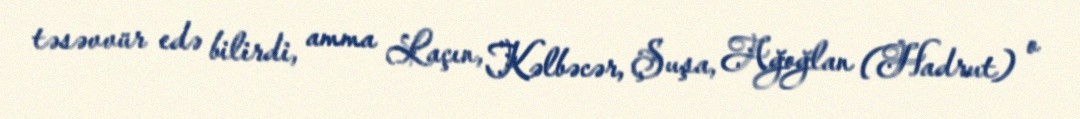
təsəvvür edə bilirdi, amma Laçın, Kəlbəcər, Şuşa, Ağoğlan (Hadrut) o